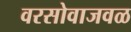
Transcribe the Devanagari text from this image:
वरसोवाजवळ